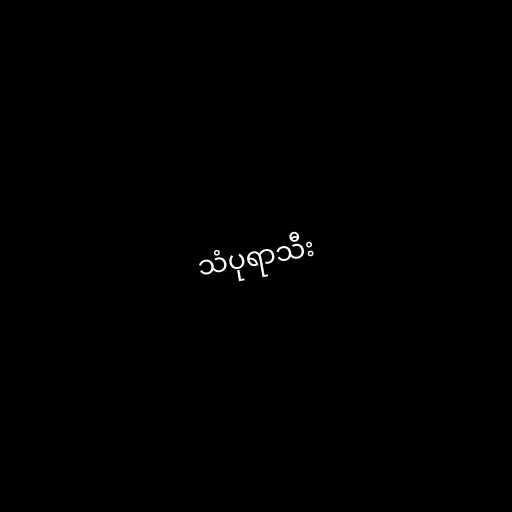
သံပုရာသီး